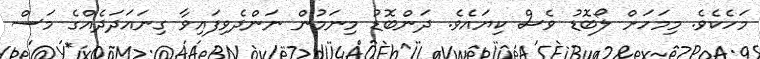
މަހެކެވެ. މިމަހަށް ލޯބޮޑު ވެސް ކިޔައެވެ. ދަންބޮޑު މިނަމުން ނަންދެވިފައިވާ ގިނައަދަދެއްގެ މަސް